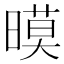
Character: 暯